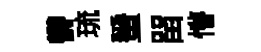
欎琉蜑㽞懵